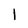
Character: 1